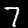
Label: 7